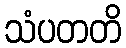
သံပတတိ